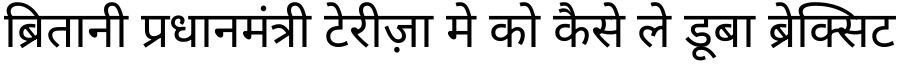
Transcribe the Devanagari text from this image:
ब्रितानी प्रधानमंत्री टेरीज़ा मे को कैसे ले डूबा ब्रेक्सिट